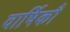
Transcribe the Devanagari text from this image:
वार्षिकौ